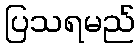
ပြသရမည်